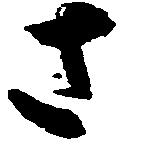
さ